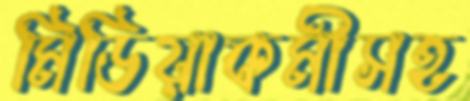
মিডিয়াকর্মীসহ